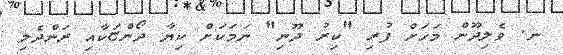
ނ. ވެލިދޫން މަހަށް ފުރި "ކިރު ދޫނި" ނަމަކަށް ކިޔާ ދޯންޏަކާއި ރަންދެލި